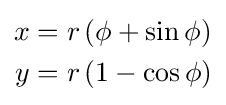
{\begin{aligned}x&=r\left(\phi +\sin \phi \right)\\y&=r\left(1-\cos \phi \right)\\\end{aligned}}